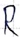
Text: R